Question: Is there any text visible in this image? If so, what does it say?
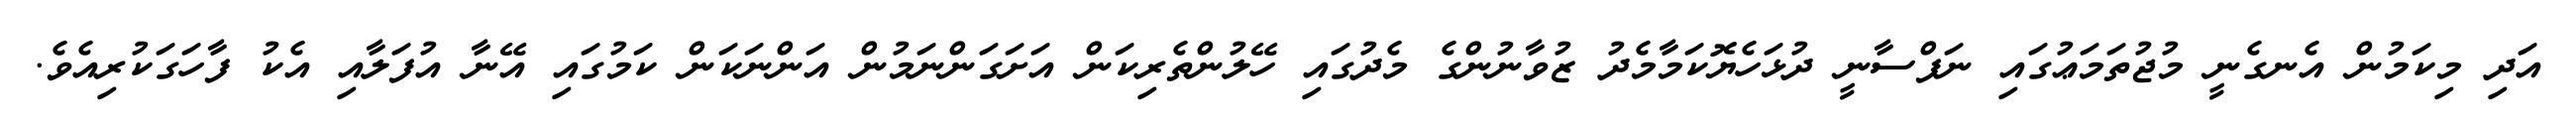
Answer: އަދި މިކަމުން އެނގެނީ މުޖުތަމަޢުގައި ނަފްސާނީ ދުޅަހެޔޮކަމާމެދު ޒުވާނުންގެ މެދުގައި ހޭލުންތެރިކަން އަށަގަންނަމުން އަންނަކަން ކަމުގައި އޭނާ އުފަލާއި އެކު ފާހަގަކުރިއެވެ.